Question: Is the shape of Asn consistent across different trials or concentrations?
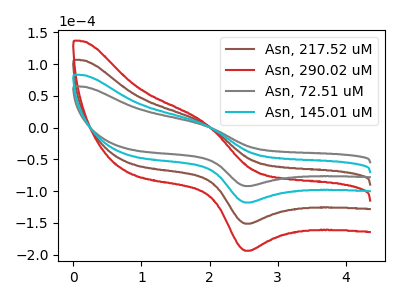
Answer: <think>The brown curve "Asn, 217.52 uM" has an anodic peak at (1.90V, 10.55uA) and a cathodic peak at (2.50V, -235.85uA). The red curve "Asn, 290.02 uM" has an anodic peak at (1.90V, 15.85uA) and a cathodic peak at (2.50V, -353.80uA). The gray curve "Asn, 72.51 uM" has an anodic peak at (1.90V, 4.10uA) and a cathodic peak at (2.50V, -91.95uA). The cyan curve "Asn, 145.01 uM" has an anodic peak at (1.90V, 5.30uA) and a cathodic peak at (2.50V, -117.95uA).
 All the peaks in "Asn, 217.52 uM" have a peak in "Asn, 290.02 uM" at the same potential. Every peak in "Asn, 217.52 uM" is lower than every peak in "Asn, 290.02 uM". All the peaks in "Asn, 217.52 uM" have a peak in "Asn, 72.51 uM" at the same potential. Every peak in "Asn, 217.52 uM" is higher than every peak in "Asn, 72.51 uM". All the peaks in "Asn, 217.52 uM" have a peak in "Asn, 145.01 uM" at the same potential. Every peak in "Asn, 217.52 uM" is higher than every peak in "Asn, 145.01 uM". All the peaks in "Asn, 290.02 uM" have a peak in "Asn, 72.51 uM" at the same potential. Every peak in "Asn, 290.02 uM" is higher than every peak in "Asn, 72.51 uM". All the peaks in "Asn, 290.02 uM" have a peak in "Asn, 145.01 uM" at the same potential. Every peak in "Asn, 290.02 uM" is higher than every peak in "Asn, 145.01 uM". All the peaks in "Asn, 72.51 uM" have a peak in "Asn, 145.01 uM" at the same potential. Every peak in "Asn, 72.51 uM" is lower than every peak in "Asn, 145.01 uM".</think>
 <answer>All the CV's of "Asn" have similar shape.</answer>
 <eval>follow_rule</eval>